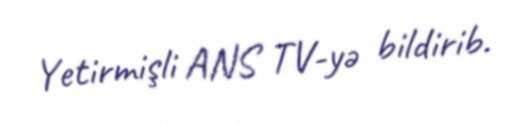
Yetirmişli ANS TV-yə bildirib.